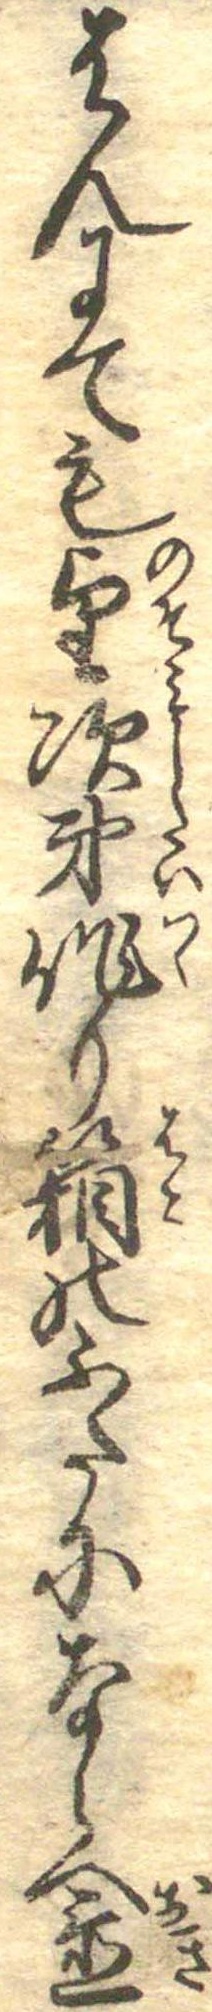
はんにても望次第作り箱のふたにならへ置